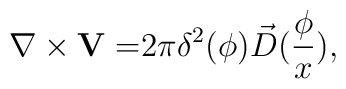
\nabla \times {\bf V=}2\pi \delta ^2({\bf \phi })\vec D(\frac \phi x),